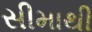
સીમાથી